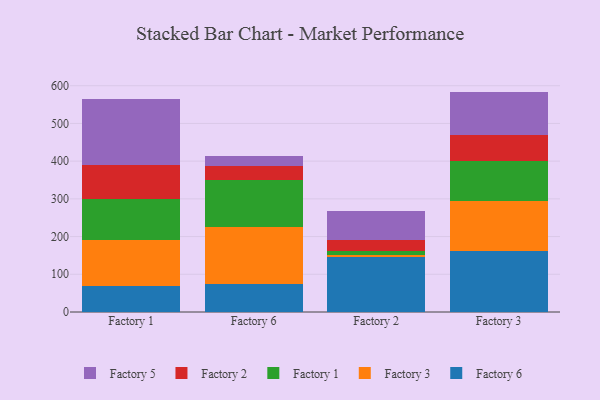
{"axis": {"x": "Factory", "y": "Headcount"}, "legend": ["Factory 1", "Factory 2", "Factory 3", "Factory 5", "Factory 6"], "data": [{"x": "Factory 1", "y": 68.6, "type": "Factory 6"}, {"x": "Factory 1", "y": 123.0, "type": "Factory 3"}, {"x": "Factory 1", "y": 107.4, "type": "Factory 1"}, {"x": "Factory 1", "y": 89.7, "type": "Factory 2"}, {"x": "Factory 1", "y": 176.2, "type": "Factory 5"}, {"x": "Factory 6", "y": 74.2, "type": "Factory 6"}, {"x": "Factory 6", "y": 150.2, "type": "Factory 3"}, {"x": "Factory 6", "y": 126.6, "type": "Factory 1"}, {"x": "Factory 6", "y": 35.3, "type": "Factory 2"}, {"x": "Factory 6", "y": 26.8, "type": "Factory 5"}, {"x": "Factory 2", "y": 145.4, "type": "Factory 6"}, {"x": "Factory 2", "y": 6.8, "type": "Factory 3"}, {"x": "Factory 2", "y": 10.6, "type": "Factory 1"}, {"x": "Factory 2", "y": 28.4, "type": "Factory 2"}, {"x": "Factory 2", "y": 76.1, "type": "Factory 5"}, {"x": "Factory 3", "y": 161.7, "type": "Factory 6"}, {"x": "Factory 3", "y": 133.1, "type": "Factory 3"}, {"x": "Factory 3", "y": 105.3, "type": "Factory 1"}, {"x": "Factory 3", "y": 69.0, "type": "Factory 2"}, {"x": "Factory 3", "y": 115.3, "type": "Factory 5"}]}